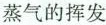
蒸气的挥发